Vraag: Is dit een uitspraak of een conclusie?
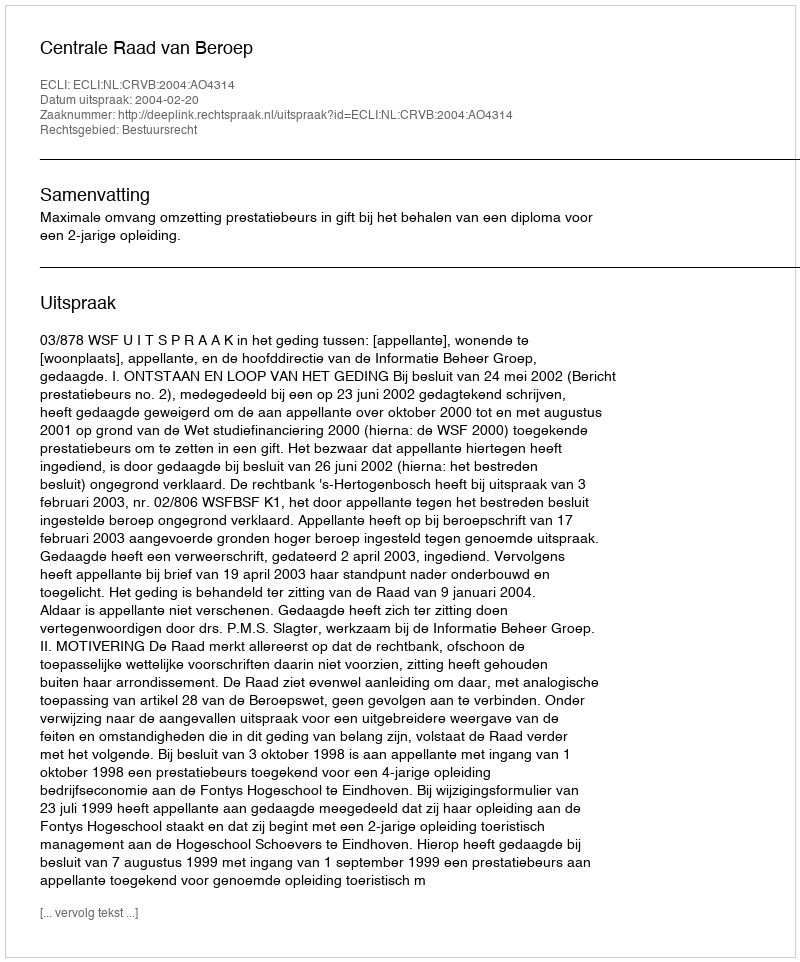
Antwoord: Uitspraak